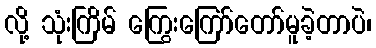
လို့ သုံးကြိမ် ကြွေးကြော်တော်မူခဲ့တာပဲ၊